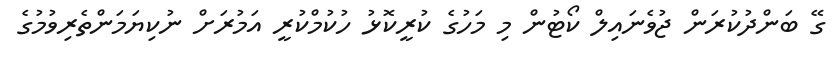
ގޭ ބަންދުކުރަން ޖުވެނައިލް ކޯޓުން މި މަހުގެ ކުރީކޮޅު ހުކުމްކުރީ އަމުރަށް ނުކިޔަމަންތެރިވުމުގެ